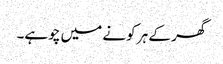
گھر کے ہر کونے میں چوہے۔